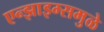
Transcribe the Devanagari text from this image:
एन्झाइम्समुळे